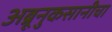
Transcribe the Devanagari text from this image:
अब्रूनुकसानीचा